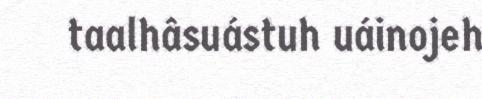
taalhâsuástuh uáinojeh